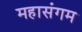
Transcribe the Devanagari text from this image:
महासंगम